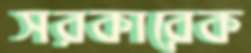
সরকারেক